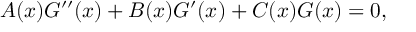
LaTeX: A ( x ) G ^ { \prime \prime } ( x ) + B ( x ) G ^ { \prime } ( x ) + C ( x ) G ( x ) = 0 ,